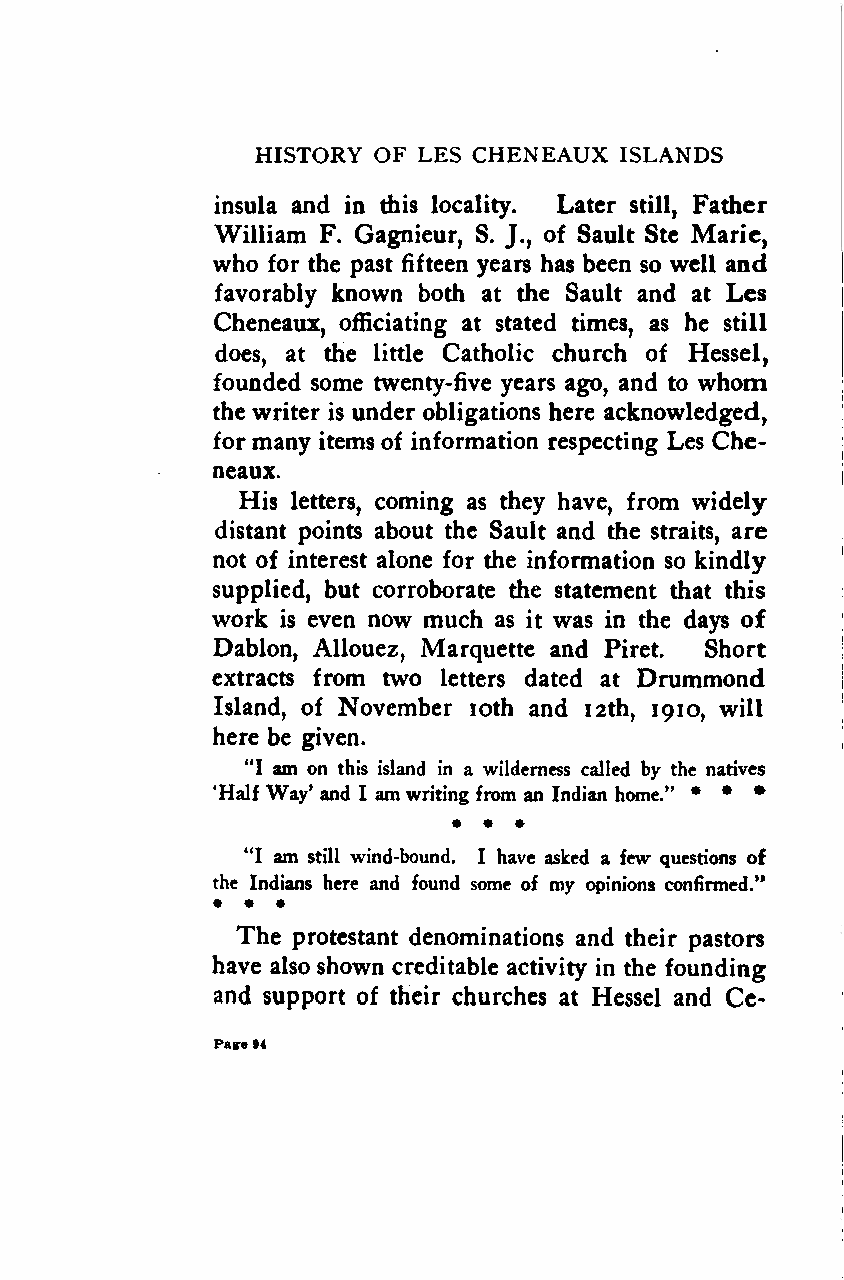
HISTORY OF LES CHENEAUX ISLANDS
 insula and in this locality. Later still, Father
 William F. Gagnieur, S. of Sault Ste Marie,
 J,,
 who for the past fifteen years has been so well and
 favorably known both at the Sault and at Les
 Cheneaux, officiating at stated times, as he still
 does, at the little Catholic church of Hessel,
 whom
 founded some twenty-five years ago, and to
 the writer is under obligations here acknowledged,
 for many items of information respecting Les Che-
 neaux.
 His letters, coming as they have, from widely
 distant points about the Sault and the straits, are
 not of interest alone for the information so kindly
 supplied, but corroborate the statement that this
 work is even now much as it was in the days of
 Dablon, Allouez, Marquette and Piret. Short
 extracts from two letters dated at Drummond
 Island, of November ioth and 12th, 1910, will
 here be given.
 "I am on this island in a wilderness called by the natives
 'Half Way' and I amwriting from an Indian home.,, * * *
 "I am still wind-bound. I have asked a few questions of
 the Indians here and found some of my opinions confirmed.
 The protestant denominations and their pastors
 have also shown creditable activity in the founding
 and support of their churches at Hessel and Ce-
 Pasre»4
 Google
 Digitizedby